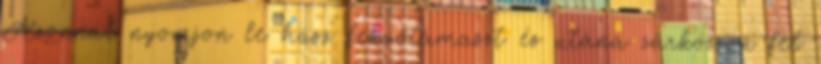
Azonnal nyomjon le húsz fekvőtámaszt és utána zárkózzon fel